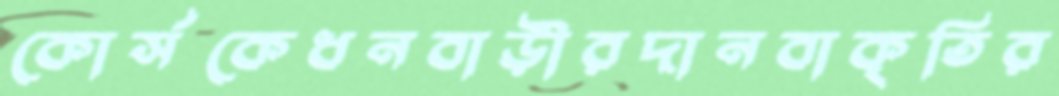
কোর্সকেধনবাড়ীরদানবাকৃতির